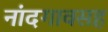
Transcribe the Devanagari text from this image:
नांदगावसह